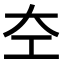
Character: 𪩣